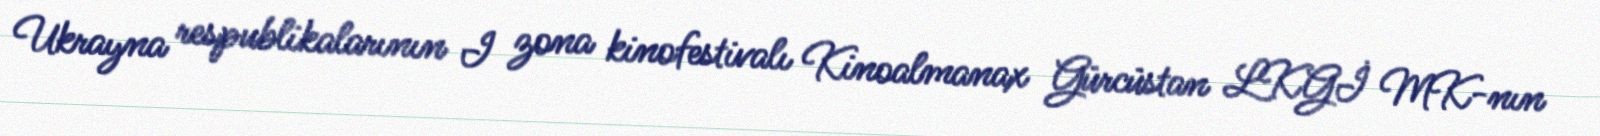
Ukrayna respublikalarının I zona kinofestivalı Kinoalmanax Gürcüstan LKGİ MK-nın